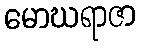
မောဃရာဇာ